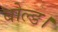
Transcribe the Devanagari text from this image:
बोल्ड।